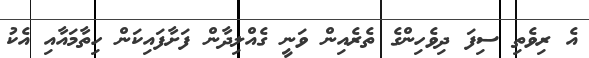
އެ ރިވެތި ސިފަ ދިވެހިންގެ ތެރެއިން ވަނީ ގެއްލިދާން ފަށާފައިކަން ހިތާމައާއި އެކު